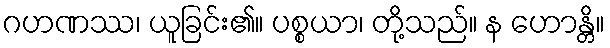
ဂဟဏဿ၊ ယူခြင်း၏။ ပစ္စယာ၊ တို့သည်။ န ဟောန္တိ။